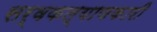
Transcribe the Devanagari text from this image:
सर्वकल्याणकारी